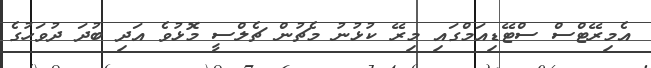
އެމިރޭޓްސް ސްޓޭޑިއަމްގައި މިރޭ ކުޅުނު މެޗުން ޗެލްސީ މޮޅުވެ އަދި ބުދަ ދުވަހުގެ